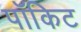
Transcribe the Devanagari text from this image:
पॉकिट